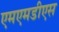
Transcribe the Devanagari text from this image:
एमएमडीएस